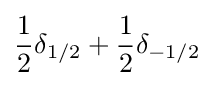
{\frac {1}{2}}\delta _{1/2}+{\frac {1}{2}}\delta _{-1/2}